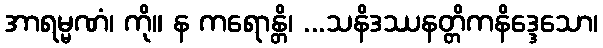
အာရမ္မဏံ၊ ကို။ န ကရောန္တိ၊ ...သနိဒဿနတ္တိကနိဒ္ဒေသော၊